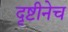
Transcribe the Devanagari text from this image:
दृष्टीनेच